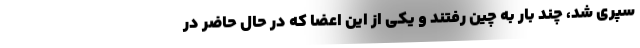
سپری شد، چند بار به چین رفتند و یکی از این اعضا که در حال حاضر در